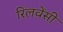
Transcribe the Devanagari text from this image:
रिलवेंसी